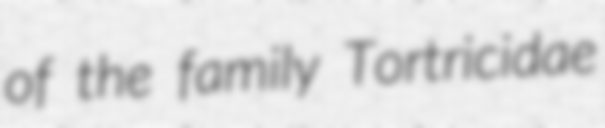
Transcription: of the family Tortricidae